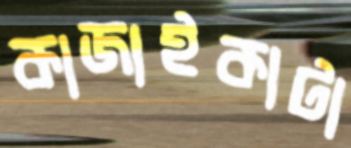
কাজাইকাটা